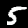
Label: 5